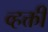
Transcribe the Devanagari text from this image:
व्हक्ती